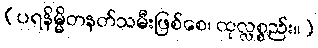
(ပရနိမ္မိတနတ်သမီးဖြစ်စေ၊ ထုလ္လစ္စည်း။)